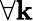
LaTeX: \forall\mathbf{k}